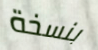
بنسخة